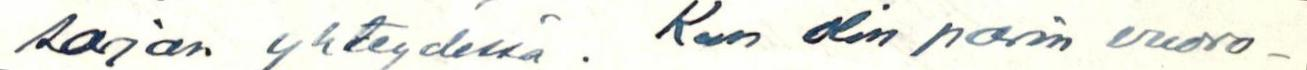
sarjan yhteydessä. Kun olin parin vuoro-